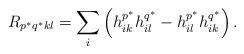
LaTeX: \begin{align*}R_{p^{\ast}q^{\ast}kl}=\sum_i\left(h^{p^{\ast}}_{ik}h^{q^{\ast}}_{il}-h^{p^{\ast}}_{il}h^{q^{\ast}}_{ik}\right).\end{align*}